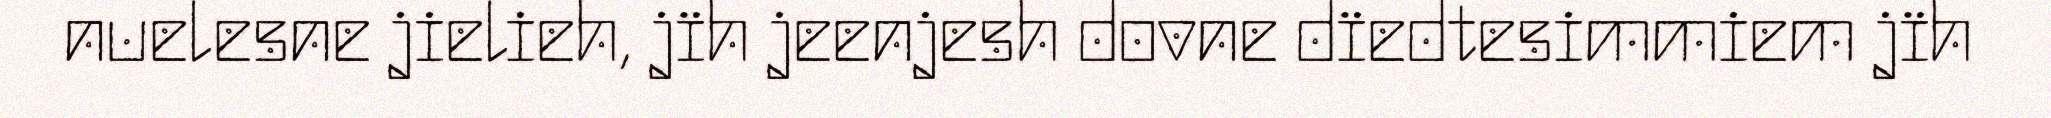
nuelesne jielieh, jïh jeenjesh dovne dïedtesimmiem jïh